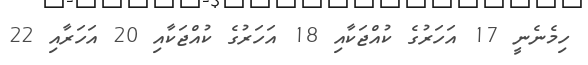
ހިމެނެނީ 17 އަަހަރުގެ ކުއްޖަކާއި 18 އަހަރުގެ ކުއްޖަކާއި 20 އަހަރާއި 22